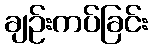
ချဉ်းကပ်ခြင်း